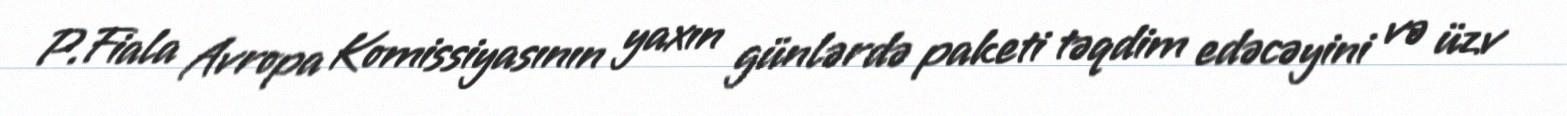
P.Fiala Avropa Komissiyasının yaxın günlərdə paketi təqdim edəcəyini və üzv